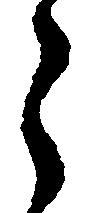
う